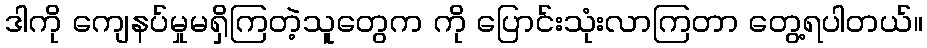
ဒါကို ကျေနပ်မှုမရှိကြတဲ့သူတွေက ကို ပြောင်းသုံးလာကြတာ တွေ့ရပါတယ်။